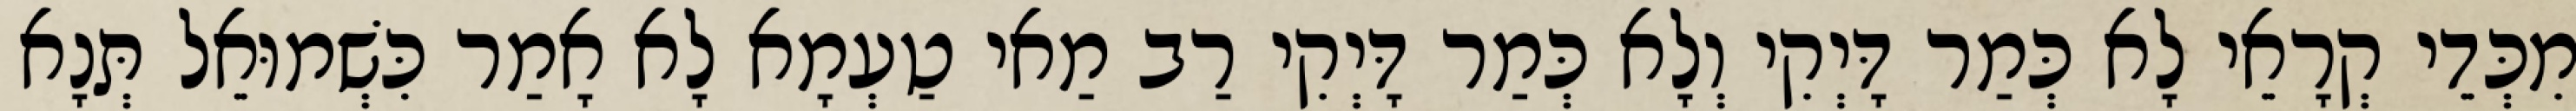
מִכְּדֵי קְרָאֵי לָא כְּמַר דָּיְקִי וְלָא כְּמַר דָּיְקִי רַב מַאי טַעְמָא לָא אָמַר כִּשְׁמוּאֵל תְּנָא